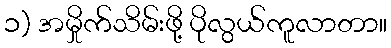
၁) အမှိုက်သိမ်းဖို့ ပိုလွယ်ကူလာတာ။